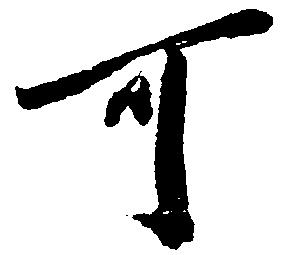
可